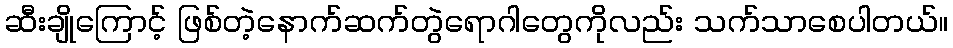
ဆီးချိုကြောင့် ဖြစ်တဲ့နောက်ဆက်တွဲရောဂါတွေကိုလည်း သက်သာစေပါတယ်။